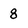
Character: 8